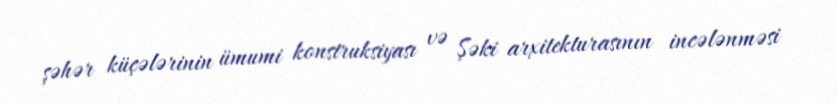
şəhər küçələrinin ümumi konstruksiyası və Şəki arxitekturasının incələnməsi